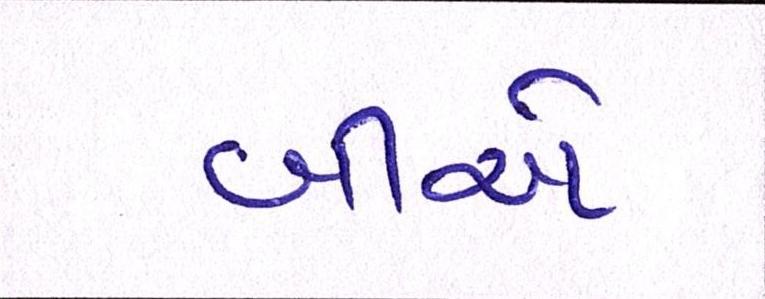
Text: બીએ